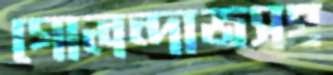
গোলন্দাজসহ